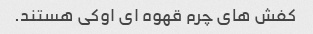
کفش های چرم قهوه ای اوکی هستند.